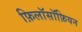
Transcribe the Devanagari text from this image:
फ़िलॉसॉफ़ियन